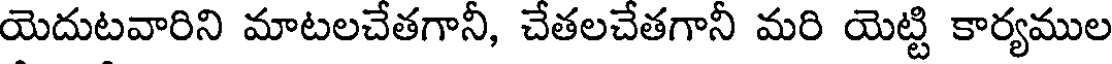
యెదుటవారిని మాటలచేతగానీ, చేతలచేతగానీ మరి యెట్టి కార్యముల